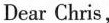
Dear Chris，